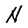
Character: N